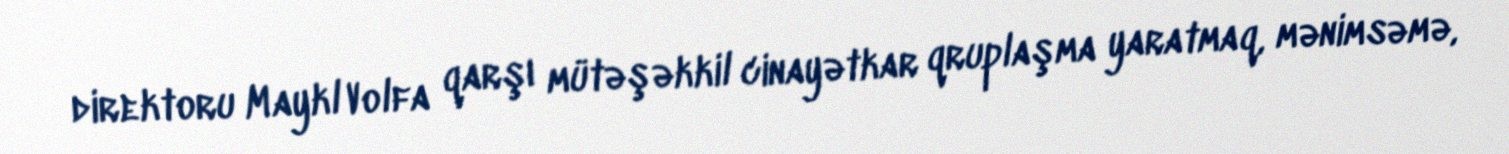
direktoru Maykl Volfa qarşı mütəşəkkil cinayətkar qruplaşma yaratmaq, mənimsəmə,